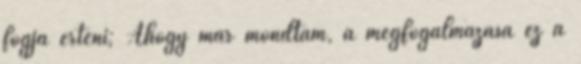
fogja érteni; Ahogy már mondtam, a megfogalmazása ez a